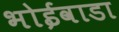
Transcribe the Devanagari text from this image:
भोईवाडा